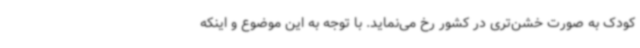
کودک به صورت خشن‌تری در کشور رخ می‌نماید. با توجه به این موضوع و اینکه